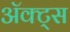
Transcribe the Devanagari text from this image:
ॲक्ट्स